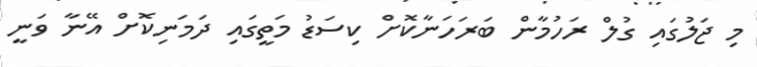
މި ޖަލުގައި ގުލް ރަހުމާން ބަރަހަނާކޮށް ކިސަޑު މަތީގައި ދަމަނިކޮށް އޭނާ ވަނީ